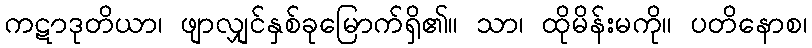
ကဋာဒုတိယာ၊ ဖျာလျှင်နှစ်ခုမြောက်ရှိ၏။ သာ၊ ထိုမိန်းမကို။ ပတိနောစ၊